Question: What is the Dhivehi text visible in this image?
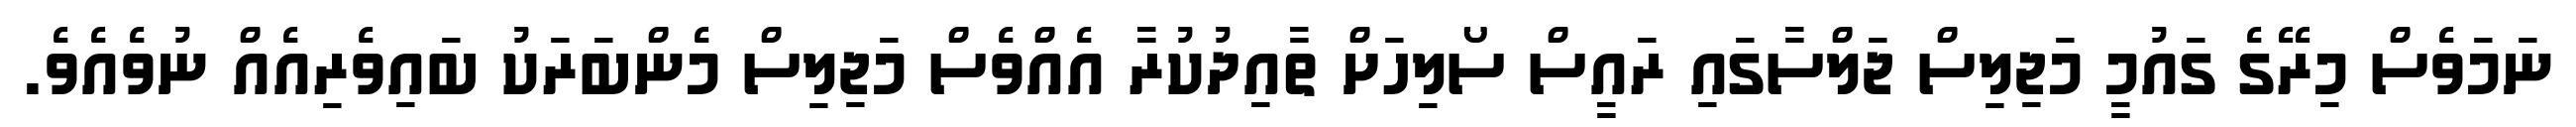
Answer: ނަމަވެސް މިރޭގެ ގައުމީ މަޖިލިސް ޖަލްސާގައި ރައީސް ސޯލިހަށް ތާއިދުކުރާ އެއްވެސް މަޖިލިސް މެންބަރަކު ބައިވެރިއެއް ނުވެއެވެ.